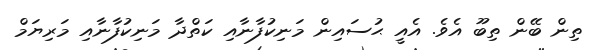
ތިން ބޭން ތިބޫ އެވެ. އެއީ ޙުސައިން މަނިކުފާނާއި ކަތްދާ މަނިކުފާނާއި މަރިޔަމް